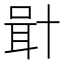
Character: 𠦫